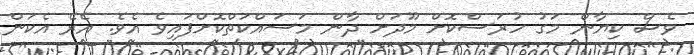
ވެސް ކިޔާން މަގު ހުރަސްކޮށް މޫދަށް ދާން މަސައްކަތްކޮށްފައިވެ އެވެ. އެރޭ އެކަން